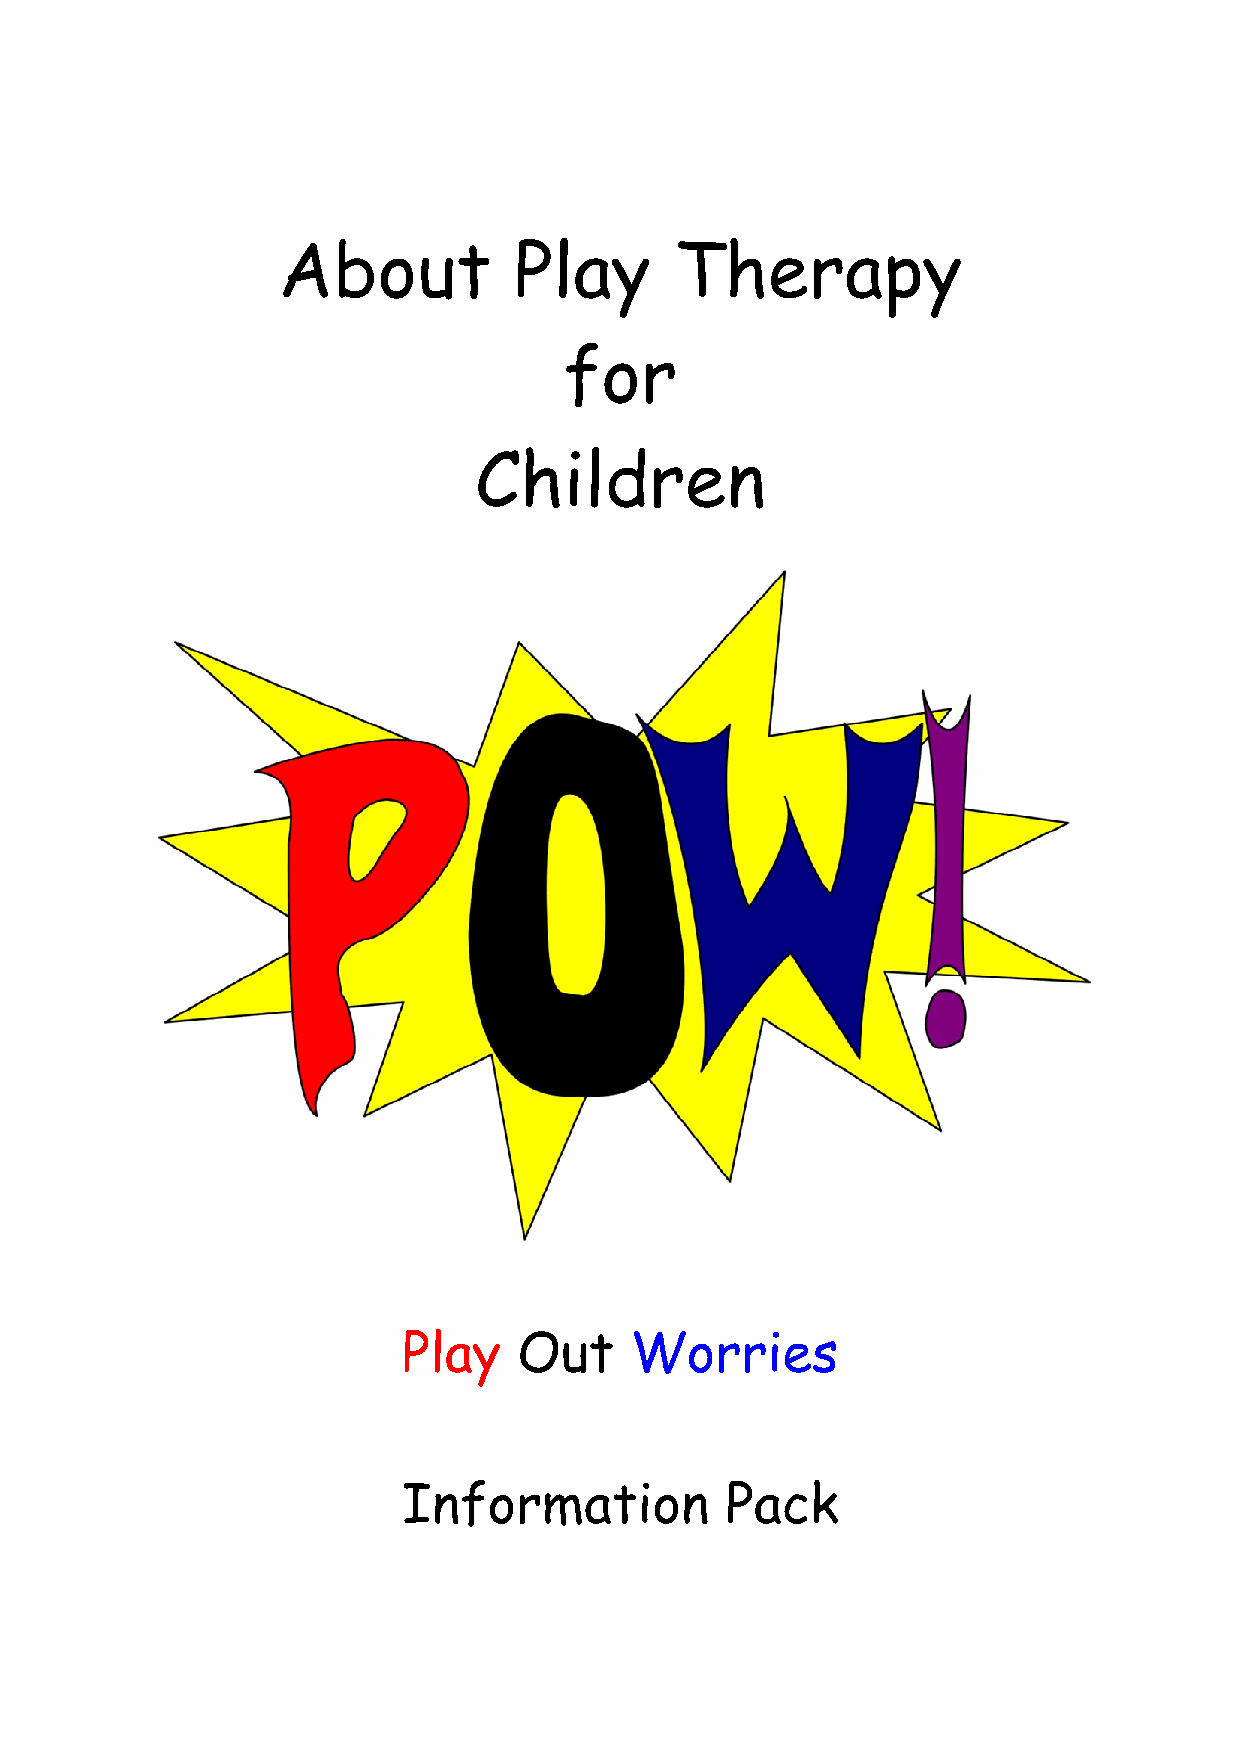
About           Play       Therapy
 for
 Children
 Play   Out     Worries
 Information          Pack